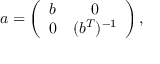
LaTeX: a = \left( \begin{array} { c c } { { b } } & { { 0 } } \\ { { 0 } } & { { ( b ^ { T } ) ^ { - 1 } } } \end{array} \right) ,